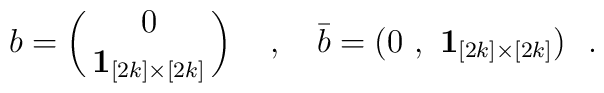
b= \pmatrix{0 \cr {\bf 1}_{[2k]\times[2k]}}~~~,~~~\bar{b}=\big(0 \ ,\ {\bf 1}_{[2k]\times[2k]}\big)~~.